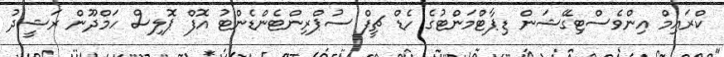
ކްރައިމް އިންވެސްޓިގޭޝަން ޑިޕާޓްމަންޓުގެ ހެޑް ޗީފް ސުޕްރިންޓެންޑެންޓު އޮފް ޕޮލިސް ހަމްދޫން ރަޝީދު